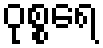
ဝုစ္စရေ